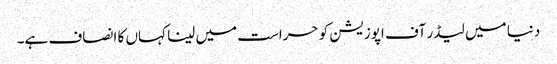
دنیا میں لیڈر آف اپوزیشن کو حراست میں لینا کہاں کا انصاف ہے۔